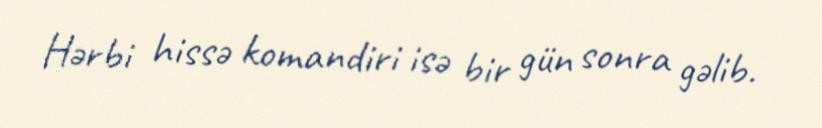
Hərbi hissə komandiri isə bir gün sonra gəlib.